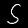
Digit: 5